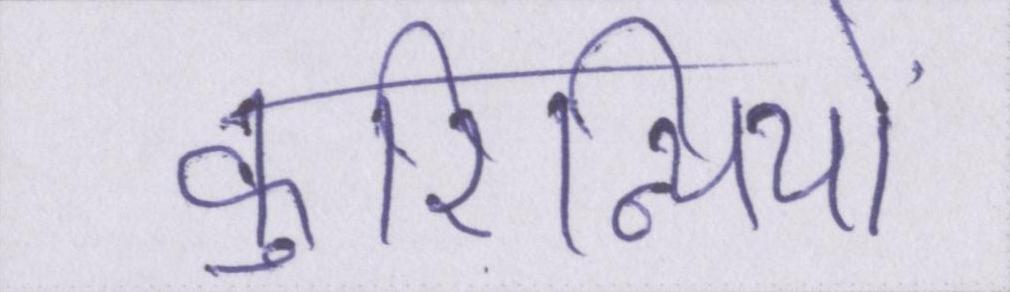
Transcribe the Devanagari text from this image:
कुरिन्थियों